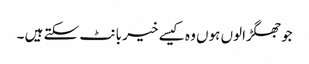
جوجھگڑالوں ہوں وہ کیسے خیر بانٹ سکتے ہیں ۔